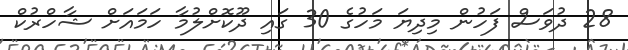
28 ދުވަސް ފަހުން މިދިޔަ މަހުގެ 30 ގައި ދޫކޮށްލުމާ ހަމައަށް ޝާހްރުކް